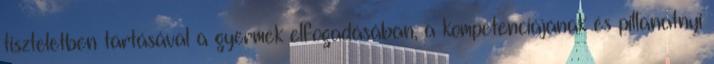
tiszteletben tartásával a gyermek elfogadásában, a kompetenciájának és pillanatnyi